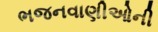
ભજનવાણીઓની